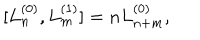
LaTeX: [ L _ { n } ^ { ( 0 ) } , L _ { m } ^ { ( 1 ) } ] = n L _ { n + m } ^ { ( 0 ) } ,